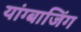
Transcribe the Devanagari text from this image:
यांग्बाजिंग